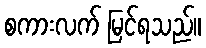
စကားလက် မြင်ရသည်။